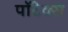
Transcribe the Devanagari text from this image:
पॉटेक्स